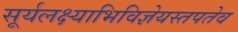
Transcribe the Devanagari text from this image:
सूर्यलक्ष्याभिविज्ञेयस्तपतेव